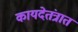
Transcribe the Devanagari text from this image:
कायदेतंत्रात